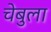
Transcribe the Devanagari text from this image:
चेबुला